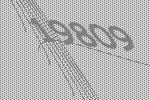
19809